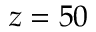
z = 5 0